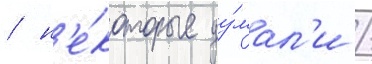
/ н'е́которые ду́мал'и /